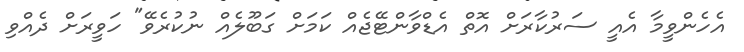
އެހެންވީމާ އެއީ ސަރުކާރަށް އޮތް އެޑްވާންޓޭޖެއް ކަމަށް ގަބޫލެއް ނުކުރެވޭ" ހަވީރަށް ދެއްވި